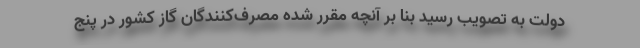
دولت به تصویب رسید بنا بر آنچه مقرر شده مصرف‌کنندگان گاز کشور در پنج